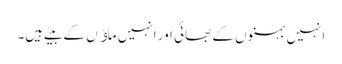
انہیں بہنوں کے بھائی اور انہیں ماﺅں کے بیٹے ہیں۔